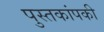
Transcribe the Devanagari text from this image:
पुस्तकांपकी